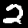
Label: 2